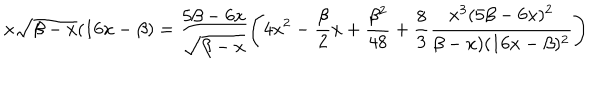
x \sqrt { \beta - x } ( 1 6 x - \beta ) = \frac { 5 \beta - 6 x } { \sqrt { \beta - x } } \left( 4 x ^ { 2 } - \frac { \beta } { 2 } x + \frac { \beta ^ { 2 } } { 4 8 } + \frac { 8 } { 3 } \frac { x ^ { 3 } ( 5 \beta - 6 x ) ^ { 2 } } { \beta - x ) ( 1 6 x - \beta ) ^ { 2 } } \right)